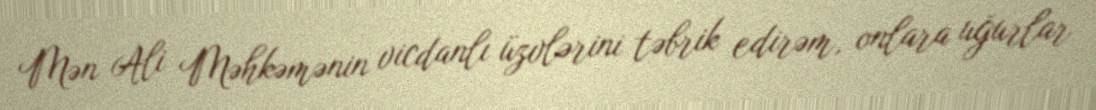
Mən Ali Məhkəmənin vicdanlı üzvlərini təbrik edirəm, onlara uğurlar